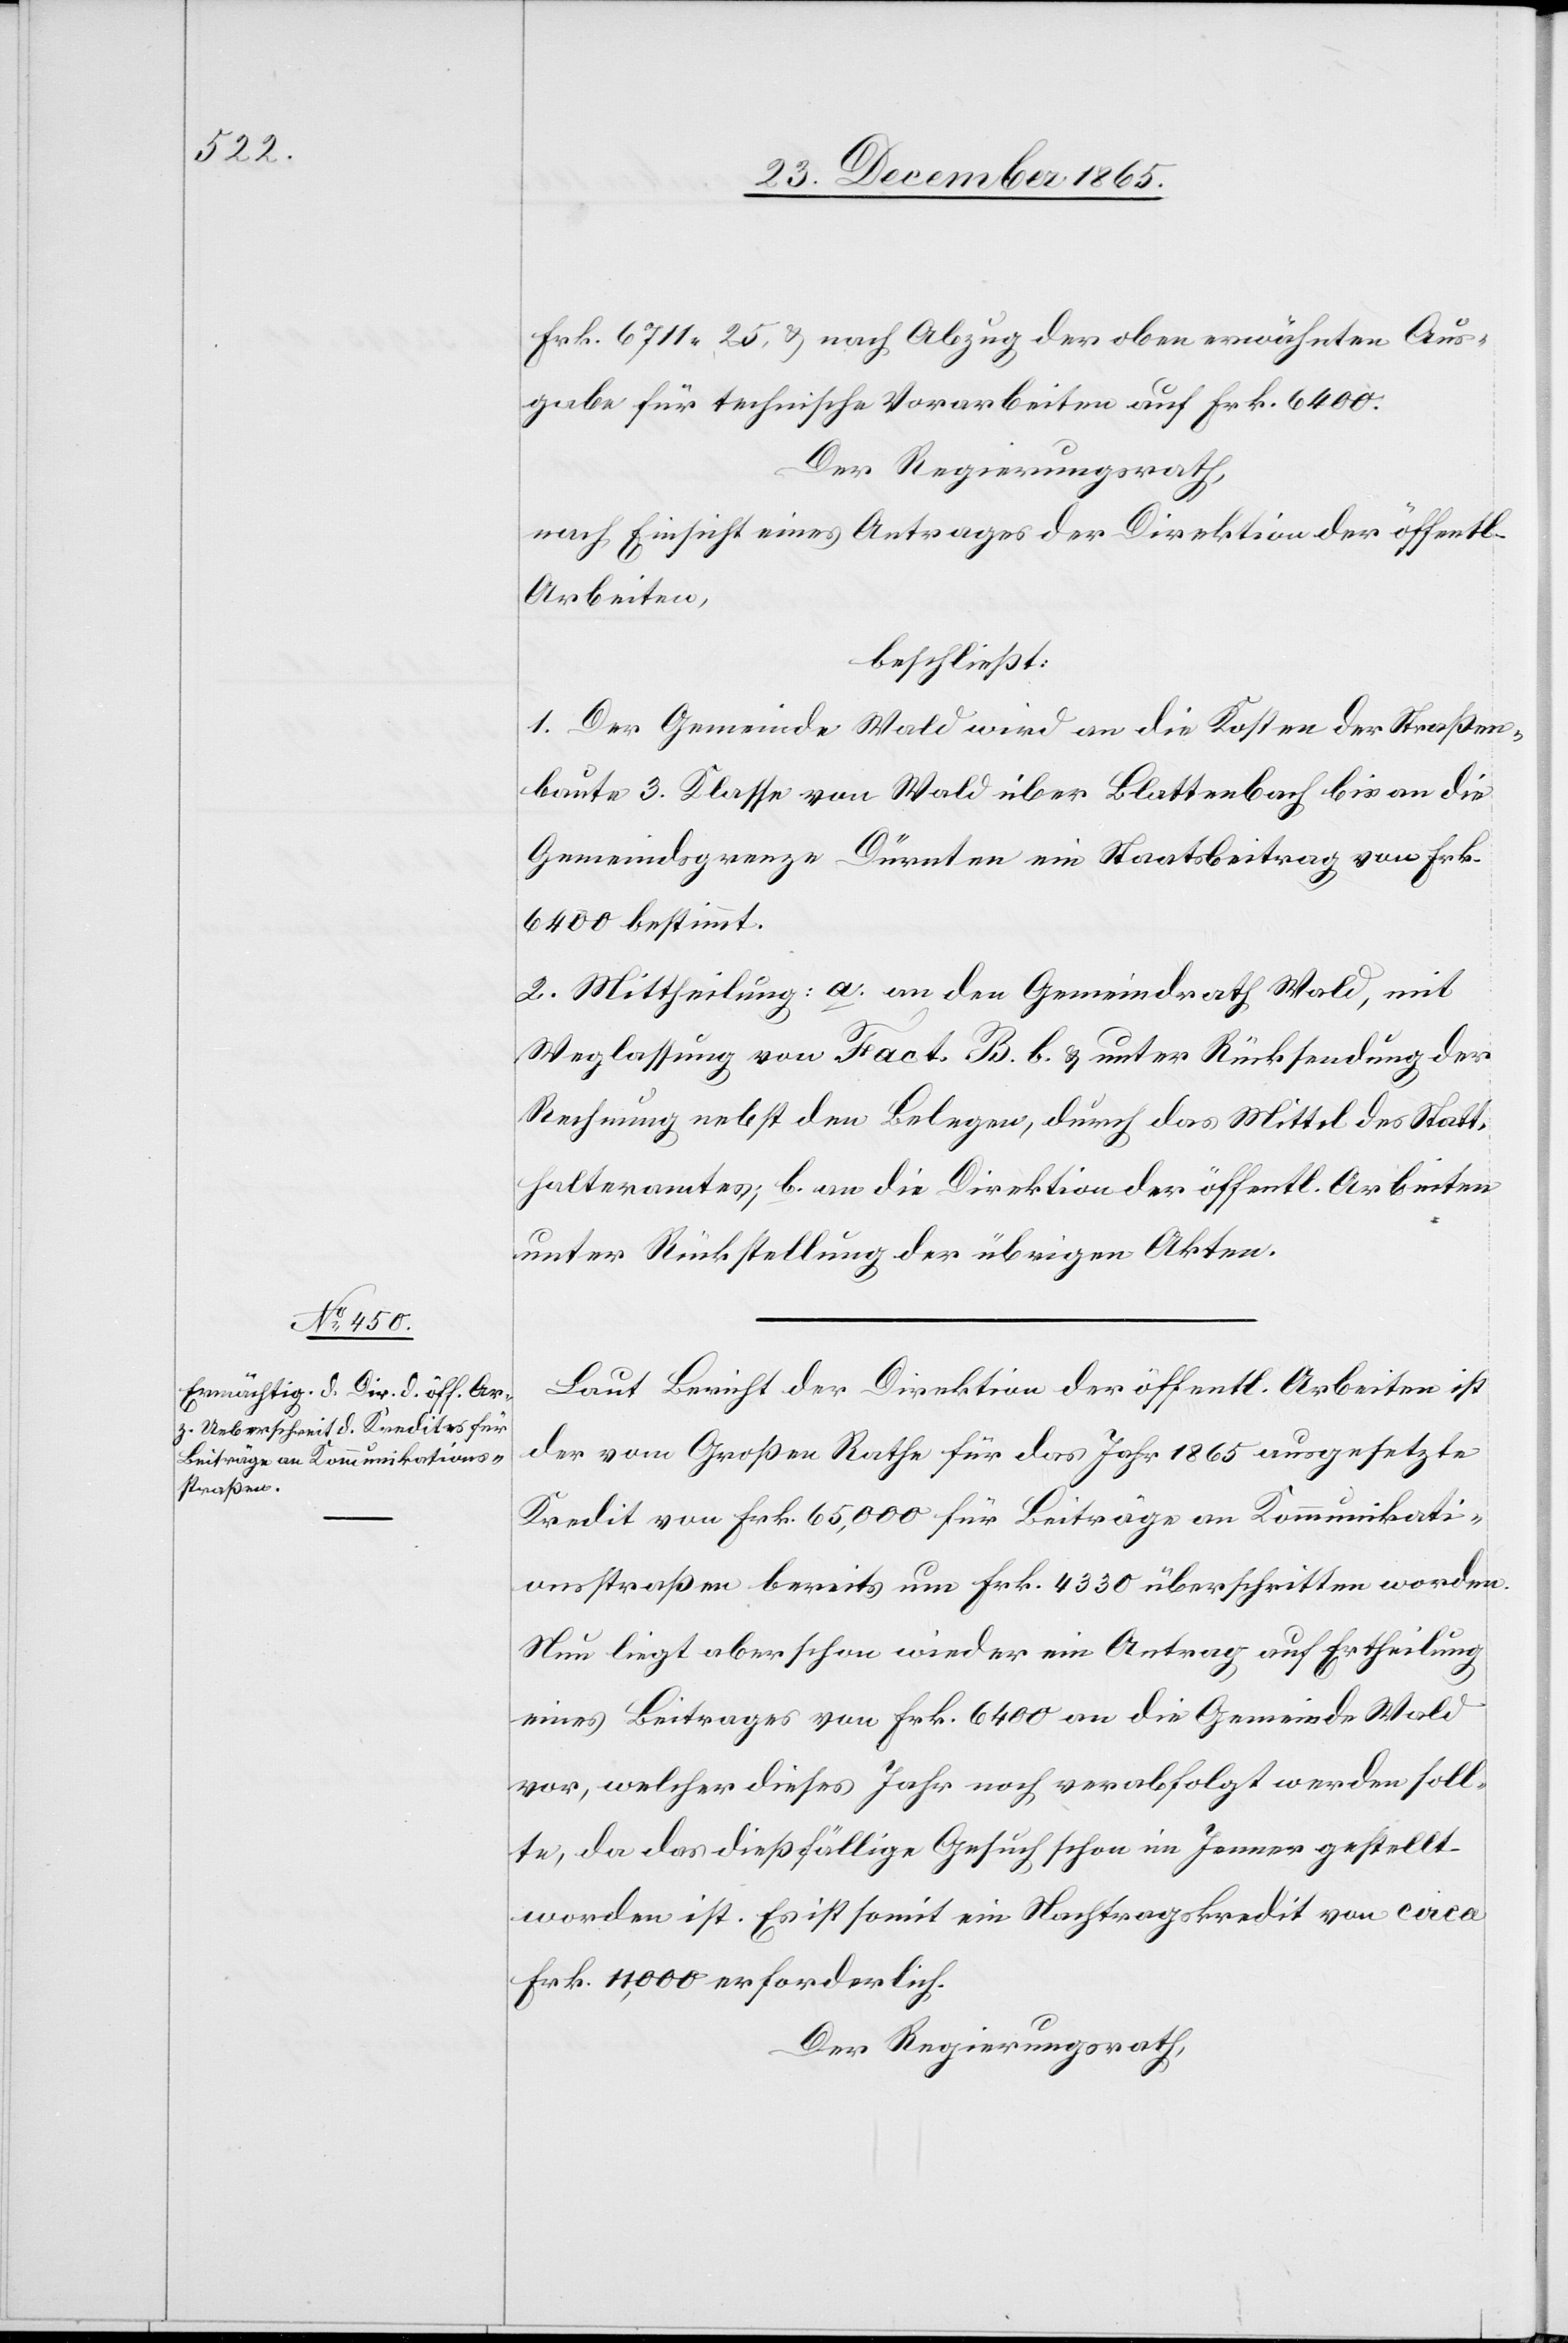
Frk. 6711.25, & nach Abzug der oben erwähnten Aus¬
gabe für technische Vorarbeiten auf Frk. 6400.
Der Regierungsrath,
nach Einsicht eines Antrages der Direktion der öffentl.
Arbeiten,
beschließt:
1. Der Gemeinde Wald wird an die Kosten der Straßen¬
baute 3. Klasse von Wald über Blattenbach bis an die
Gemeindsgrenze Dürnten ein Staatsbeitrag von Frk.
6400 bestimmt.
2. Mittheilung: a. an den Gemeindrath Wald, mit
Weglassung von Fact. B. b. & unter Rücksendung der
Rechnung nebst den Belegen, durch das Mittel des Statt¬
halteramtes; b. an die Direktion der öffentl. Arbeiten
unter Rückstellung der übrigen Akten.
Laut Bericht der Direktion der öffentl. Arbeiten ist
der vom Großen Rathe für das Jahr 1865 ausgesetzte
Kredit von Frk. 65,000 für Beiträge an Kommunikati¬
onsstraßen bereits um Frk. 4330 überschritten worden.
Nun liegt aber schon wieder ein Antrag auf Ertheilung
eines Beitrages von Frk. 6400 an die Gemeinde Wald
vor, welcher dieses Jahr noch verabfolgt werden soll¬
te, da das dießfällige Gesuch schon im Januar gestellt
worden ist. Es ist somit ein Nachtragskredit von circa
Frk. 11,000 erforderlich.
Der Regierungsrath,